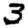
Digit: 3